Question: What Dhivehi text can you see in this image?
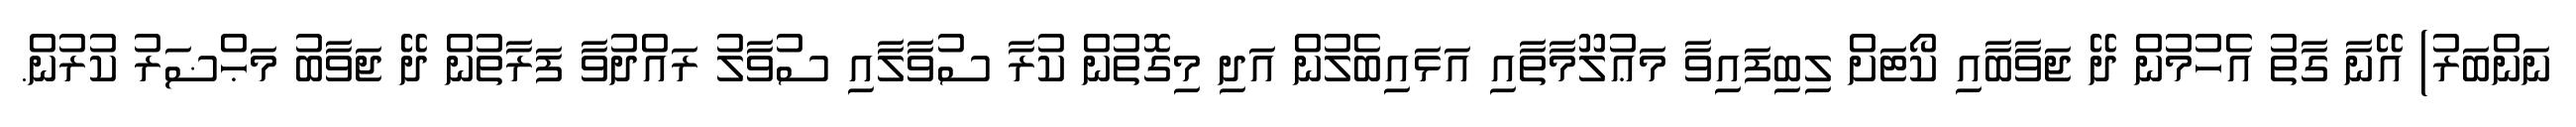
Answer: ނަންބަރު) އޭނާ ގާތު އެހުމުން ދޭ ޖަވާބާއި ކޯޓަށް ލިބިފައިވާ މަޢުލޫމާތާއި އަޅައިބެލުން އަދި މިގޮތުން ކުރާ ސުވާލާއި ސުވާލު ރައްދުވާ ފަރާތުން ދޭ ޖަވާބު މަޙްޟަރު ކުރުން.